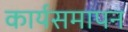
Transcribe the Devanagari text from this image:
कार्यसमापन